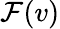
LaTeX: \mathcal{F}(v)